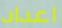
اعداد